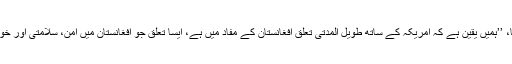
ان کا کہنا تھا، ’’ہمیں یقین ہے کہ امریکہ کے ساتھ طویل المدتی تعلق افغانستان کے مفاد میں ہے، ایسا تعلق جو افغانستان میں امن، سلامتی اور خوشحالی لائے۔